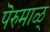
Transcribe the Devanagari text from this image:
पॆरुमाळ्